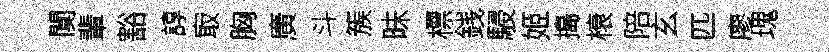
闃輩豁諄㝡胸廣斗簇昧標銭駸姬搗榱陪玄匹廖瑰